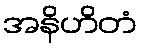
အနိဟိတံ